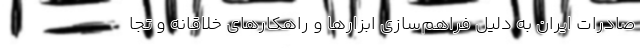
صادرات ایران به دلیل فراهم‌سازی ابزارها و راهکارهای خلاقانه و تجا